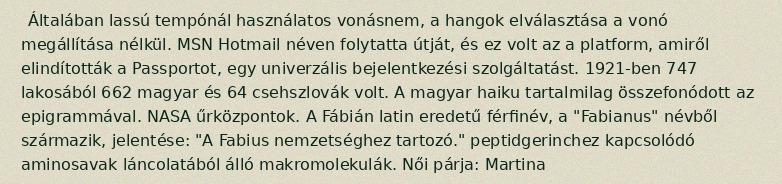
Általában lassú tempónál használatos vonásnem, a hangok elválasztása a vonó megállítása nélkül. MSN Hotmail néven folytatta útját, és ez volt az a platform, amiről elindították a Passportot, egy univerzális bejelentkezési szolgáltatást. 1921-ben 747 lakosából 662 magyar és 64 csehszlovák volt. A magyar haiku tartalmilag összefonódott az epigrammával. NASA űrközpontok. A Fábián latin eredetű férfinév, a "Fabianus" névből származik, jelentése: "A Fabius nemzetséghez tartozó." peptidgerinchez kapcsolódó aminosavak láncolatából álló makromolekulák. Női párja: Martina